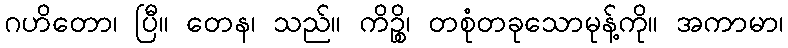
ဂဟိတော၊ ပြီ။ တေန၊ သည်။ ကိဉ္စိ၊ တစုံတခုသောမုန့်ကို။ အကာမာ၊